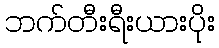
ဘက်တီးရီးယားပိုး